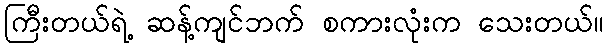
ကြီးတယ်ရဲ့ ဆန့်ကျင်ဘက် စကားလုံးက သေးတယ်။